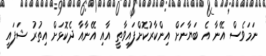
ނަމަވެސް އޭނާ އެ ބަޔާނަށް އިންކާރުކޮށްފައިވާތީ އާއި އޭނާއާ ދެކޮޅަށް އިތުރު ޝަފައީ